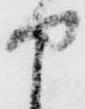
申